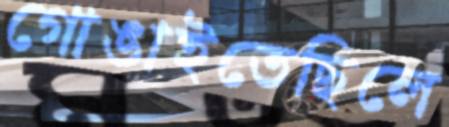
গোঙাইতেছিলে